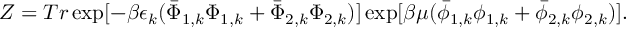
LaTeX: Z = T r \exp [ - \beta \epsilon _ { k } ( \bar { \Phi } _ { 1 , k } \Phi _ { 1 , k } + \bar { \Phi } _ { 2 , k } \Phi _ { 2 , k } ) ] \exp [ \beta \mu ( \bar { \phi } _ { 1 , k } \phi _ { 1 , k } + \bar { \phi } _ { 2 , k } \phi _ { 2 , k } ) ] .